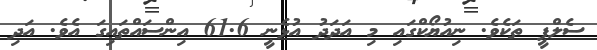
ސެލްފީ ތަކެވެ. ނިއުޔޯކްގައި މި އަދަދު އުޅެނީ 61.6 އިންސައްތައިގަ އެވެ. އަދި